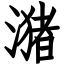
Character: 潴